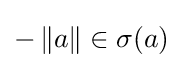
-\left\|a\right\|\in \sigma (a)